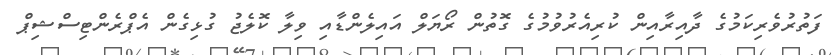
ފަތުރުވެރިކަމުގެ ދާއިރާއިން ކުރިއެރުވުމުގެ ގޮތުން ރޯޔަލް އައިލެންޑާއި ވިލާ ކޮލެޖު ގުޅިގެން އެޕްރެންޓިސްޝިޕް